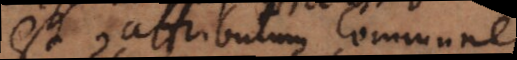
est attributum commune